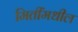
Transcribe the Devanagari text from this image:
मितींमधील